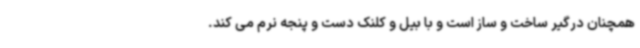
همچنان درگیر ساخت و ساز است و با بیل و کلنک دست و پنجه نرم می کند.